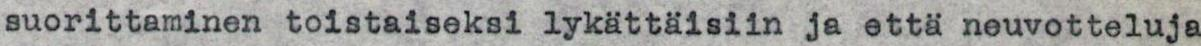
suorittaminen toistaiseksi lykättäisiin ja että neuvotteluja